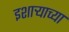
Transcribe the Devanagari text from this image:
इशाऱ्याच्या